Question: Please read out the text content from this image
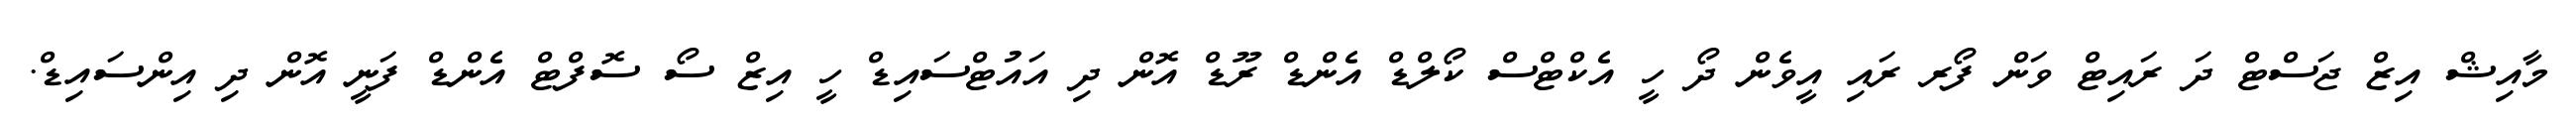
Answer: މާއިޝް އިޒް ޖަސްޓް ދަ ރައިޓް ވަން ފޯރ ރައި އީވެން ދޯ ހީ އެކްޓްސް ކޯލްޑް އެންޑް ރޫޑް އޮން ދި އައުޓްސައިޑް ހީ އިޒް ސޯ ސޮފްޓް އެންޑް ފަނީ އޮން ދި އިންސައިޑް.